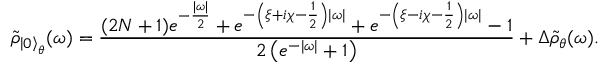
\tilde { \rho } _ { { \left| 0 \right\rangle } _ { \theta } } ( \omega ) = \frac { ( 2 N + 1 ) e ^ { - \frac { | \omega | } { 2 } } + e ^ { - \left( \xi + i \chi - \frac 1 2 \right) | \omega | } + e ^ { - \left( \xi - i \chi - \frac 1 2 \right) | \omega | } - 1 } { 2 \left( e ^ { - | \omega | } + 1 \right) } + \Delta \tilde { \rho } _ { \theta } ( \omega ) .